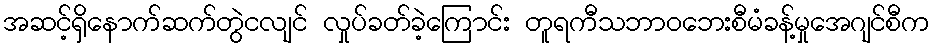
အဆင့်ရှိနောက်ဆက်တွဲငလျင် လှုပ်ခတ်ခဲ့ကြောင်း တူရကီသဘာဝဘေးစီမံခန့်မှုအေဂျင်စီက